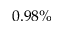
0 . 9 8 \%